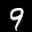
Label: 9